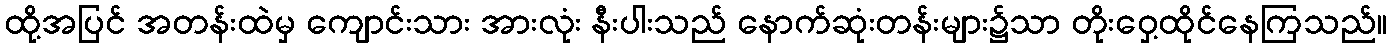
ထို့အပြင် အတန်းထဲမှ ကျောင်းသား အားလုံး နီးပါးသည် နောက်ဆုံးတန်းများ၌သာ တိုးဝှေ့ထိုင်နေကြသည်။